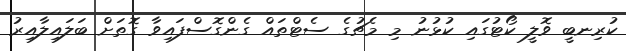
ކުރިނބީ ވޮލީ ކޯޓުގައި ކުޅުނު މި މެޗުގެ ސެޓްތައް ގެންގޮސްފައިވާ ގޮތަށް ބަލައިލާއިރު